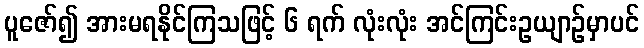
ပူဇော်၍ အားမရနိုင်ကြသဖြင့် ၆ ရက် လုံးလုံး အင်ကြင်းဥယျာဉ်မှာပင်